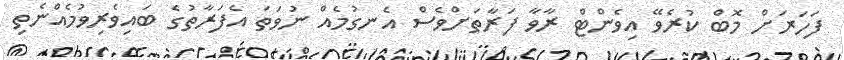
ފަހަރަށް މޮބް ކުރެވޭ އިވެންޓް ރާވާ ފަރާތަށްވެސް އެނގުމެއް ނުވަތަ އެފަރާތުގެ ބައިވެރިވުމެއްނެތި